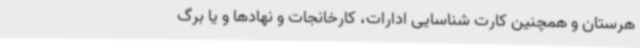
هرستان و همچنین کارت شناسایی ادارات، کارخانجات و نهادها و یا برگ